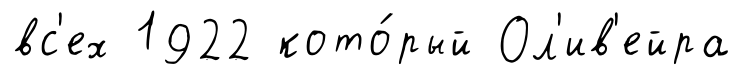
вс'ех 1922 кото́рый Ол'ив'ейра